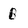
Character: B